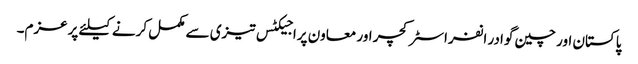
پاکستان اور چین گوادر انفراسٹرکچر اور معاون پراجیکٹس تیزی سے مکمل کرنے کیلئے پرعزم۔